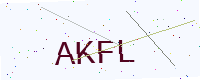
Text: AKFL